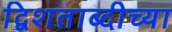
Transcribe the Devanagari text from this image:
द्विशताब्दीच्या